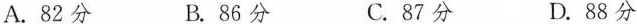
A.82分 B.86分 C.87分 D.88分